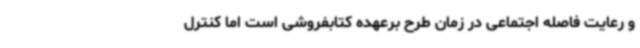
و رعایت فاصله اجتماعی در زمان طرح برعهده‌ کتابفروشی است اما کنترل